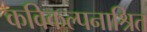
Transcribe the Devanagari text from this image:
कविकल्पनाश्रित